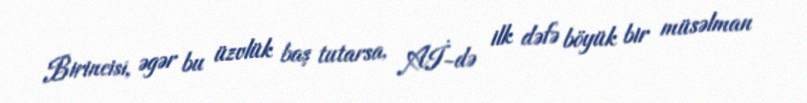
Birincisi, əgər bu üzvlük baş tutarsa, Aİ-də ilk dəfə böyük bir müsəlman